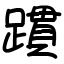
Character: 躀